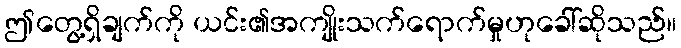
ဤတွေ့ရှိချက်ကို ယင်း၏အကျိုးသက်ရောက်မှုဟုခေါ်ဆိုသည်။